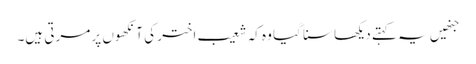
جنھیں یہ کہتے دیکھا سنا گیا وہ کہ شعیب اختر کی آنکھوں پر مرتی ہیں۔